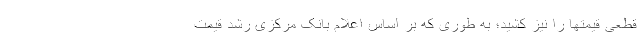
قطعی قیمتها را نیز کشید؛ به طوری که بر اساس اعلام بانک مرکزی رشد قیمت